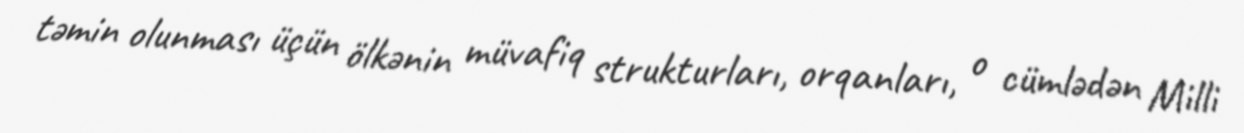
təmin olunması üçün ölkənin müvafiq strukturları, orqanları, o cümlədən Milli